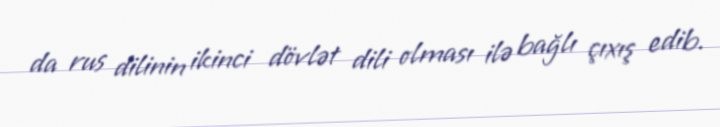
da rus dilinin ikinci dövlət dili olması ilə bağlı çıxış edib.